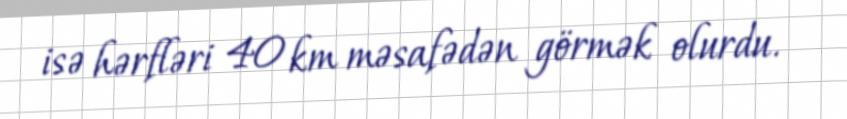
isə hərfləri 40 km məsafədən görmək olurdu.